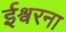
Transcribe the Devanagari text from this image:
ईश्वरना